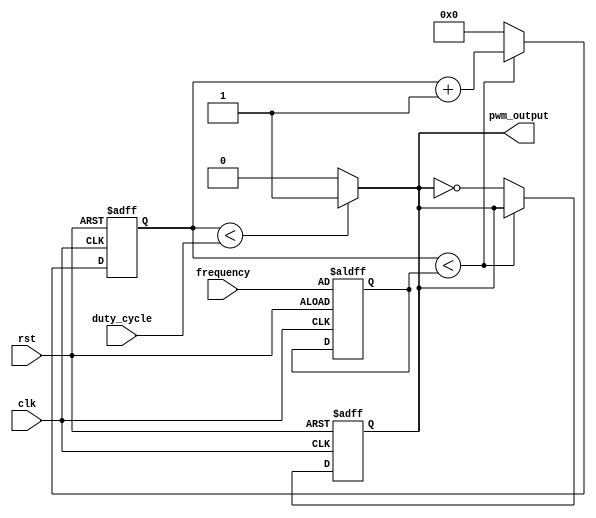
module pwm_generator (
  input wire clk,
  input wire rst,
  input wire [7:0] duty_cycle,
  input wire [15:0] frequency,
  output reg pwm_output
);

reg [15:0] pwm_counter;
reg [15:0] pwm_period;

always @ (posedge clk or posedge rst)
begin
  if (rst)
    begin
      pwm_counter <= 16'h0000;
      pwm_period <= frequency;
      pwm_output <= 1'b0;
    end
  else
    begin
      if (pwm_counter < pwm_period)
        pwm_counter <= pwm_counter + 1;
      else
        begin
          pwm_counter <= 16'h0000;
          pwm_output <= !pwm_output;
        end
    end
end

assign pwm_output = (pwm_counter < duty_cycle) ? 1'b1 : 1'b0;

endmodule